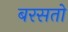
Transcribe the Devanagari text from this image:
बरसतो